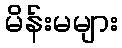
မိန်းမများ